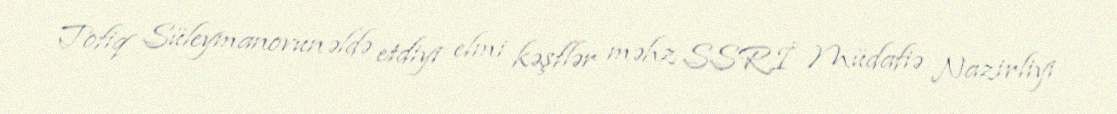
Tofiq Süleymanovun əldə etdiyi elmi kəşflər məhz SSRİ Müdafiə Nazirliyi